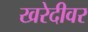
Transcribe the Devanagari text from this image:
खरेदीवर